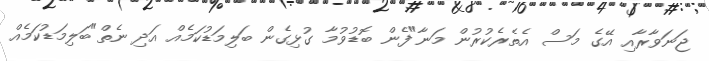
ޖަނަވާރާއި އޭގެ މަސް އެތެރެކުރުން މަނާ"ފެން ބޮޑުވުމާ ގުޅިގެން ބަލިމަޑުކަމެއް އަދި ނެތް"ބަލިމަޑުކަމެއް